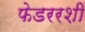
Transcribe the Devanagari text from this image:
फेडररशी